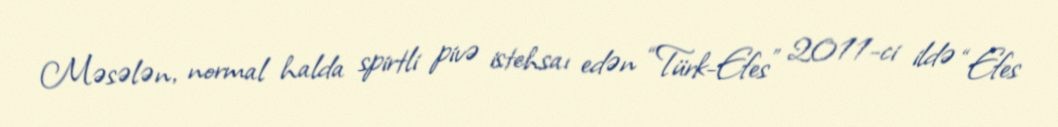
Məsələn, normal halda spirtli pivə istehsaı edən “Türk-Efes” 2011-ci ildə “Efes